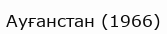
Ауғанстан (1966)